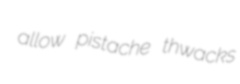
allow pistache thwacks